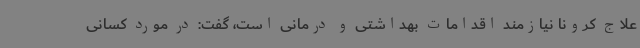
علاج کرونا نیازمند اقدامات بهداشتی و درمانی است، گفت: در مورد کسانی